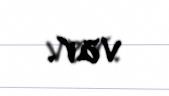
var.